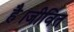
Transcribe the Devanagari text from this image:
है।जीवित